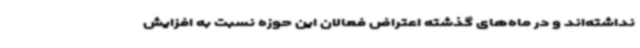
نداشته‌اند و در ماه‌های گذشته اعتراض فعالان این حوزه نسبت به افزایش